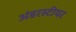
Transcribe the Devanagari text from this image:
अंडरस्टीयर